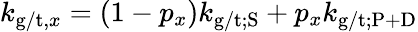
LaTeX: k_{\mathrm{g/t},x}=(1-p_{x})k_{\mathrm{g/t;S}}+p_{x}k_{\mathrm{g/t;P+D}}